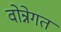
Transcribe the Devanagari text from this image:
वोन्नेगत